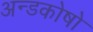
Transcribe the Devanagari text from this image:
अन्डकोषो